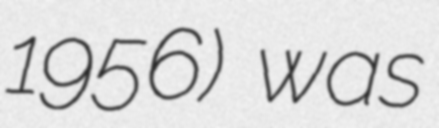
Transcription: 1956) was